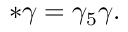
\ast \gamma = \gamma _ { 5 } \gamma .